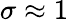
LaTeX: \sigma\approx 1